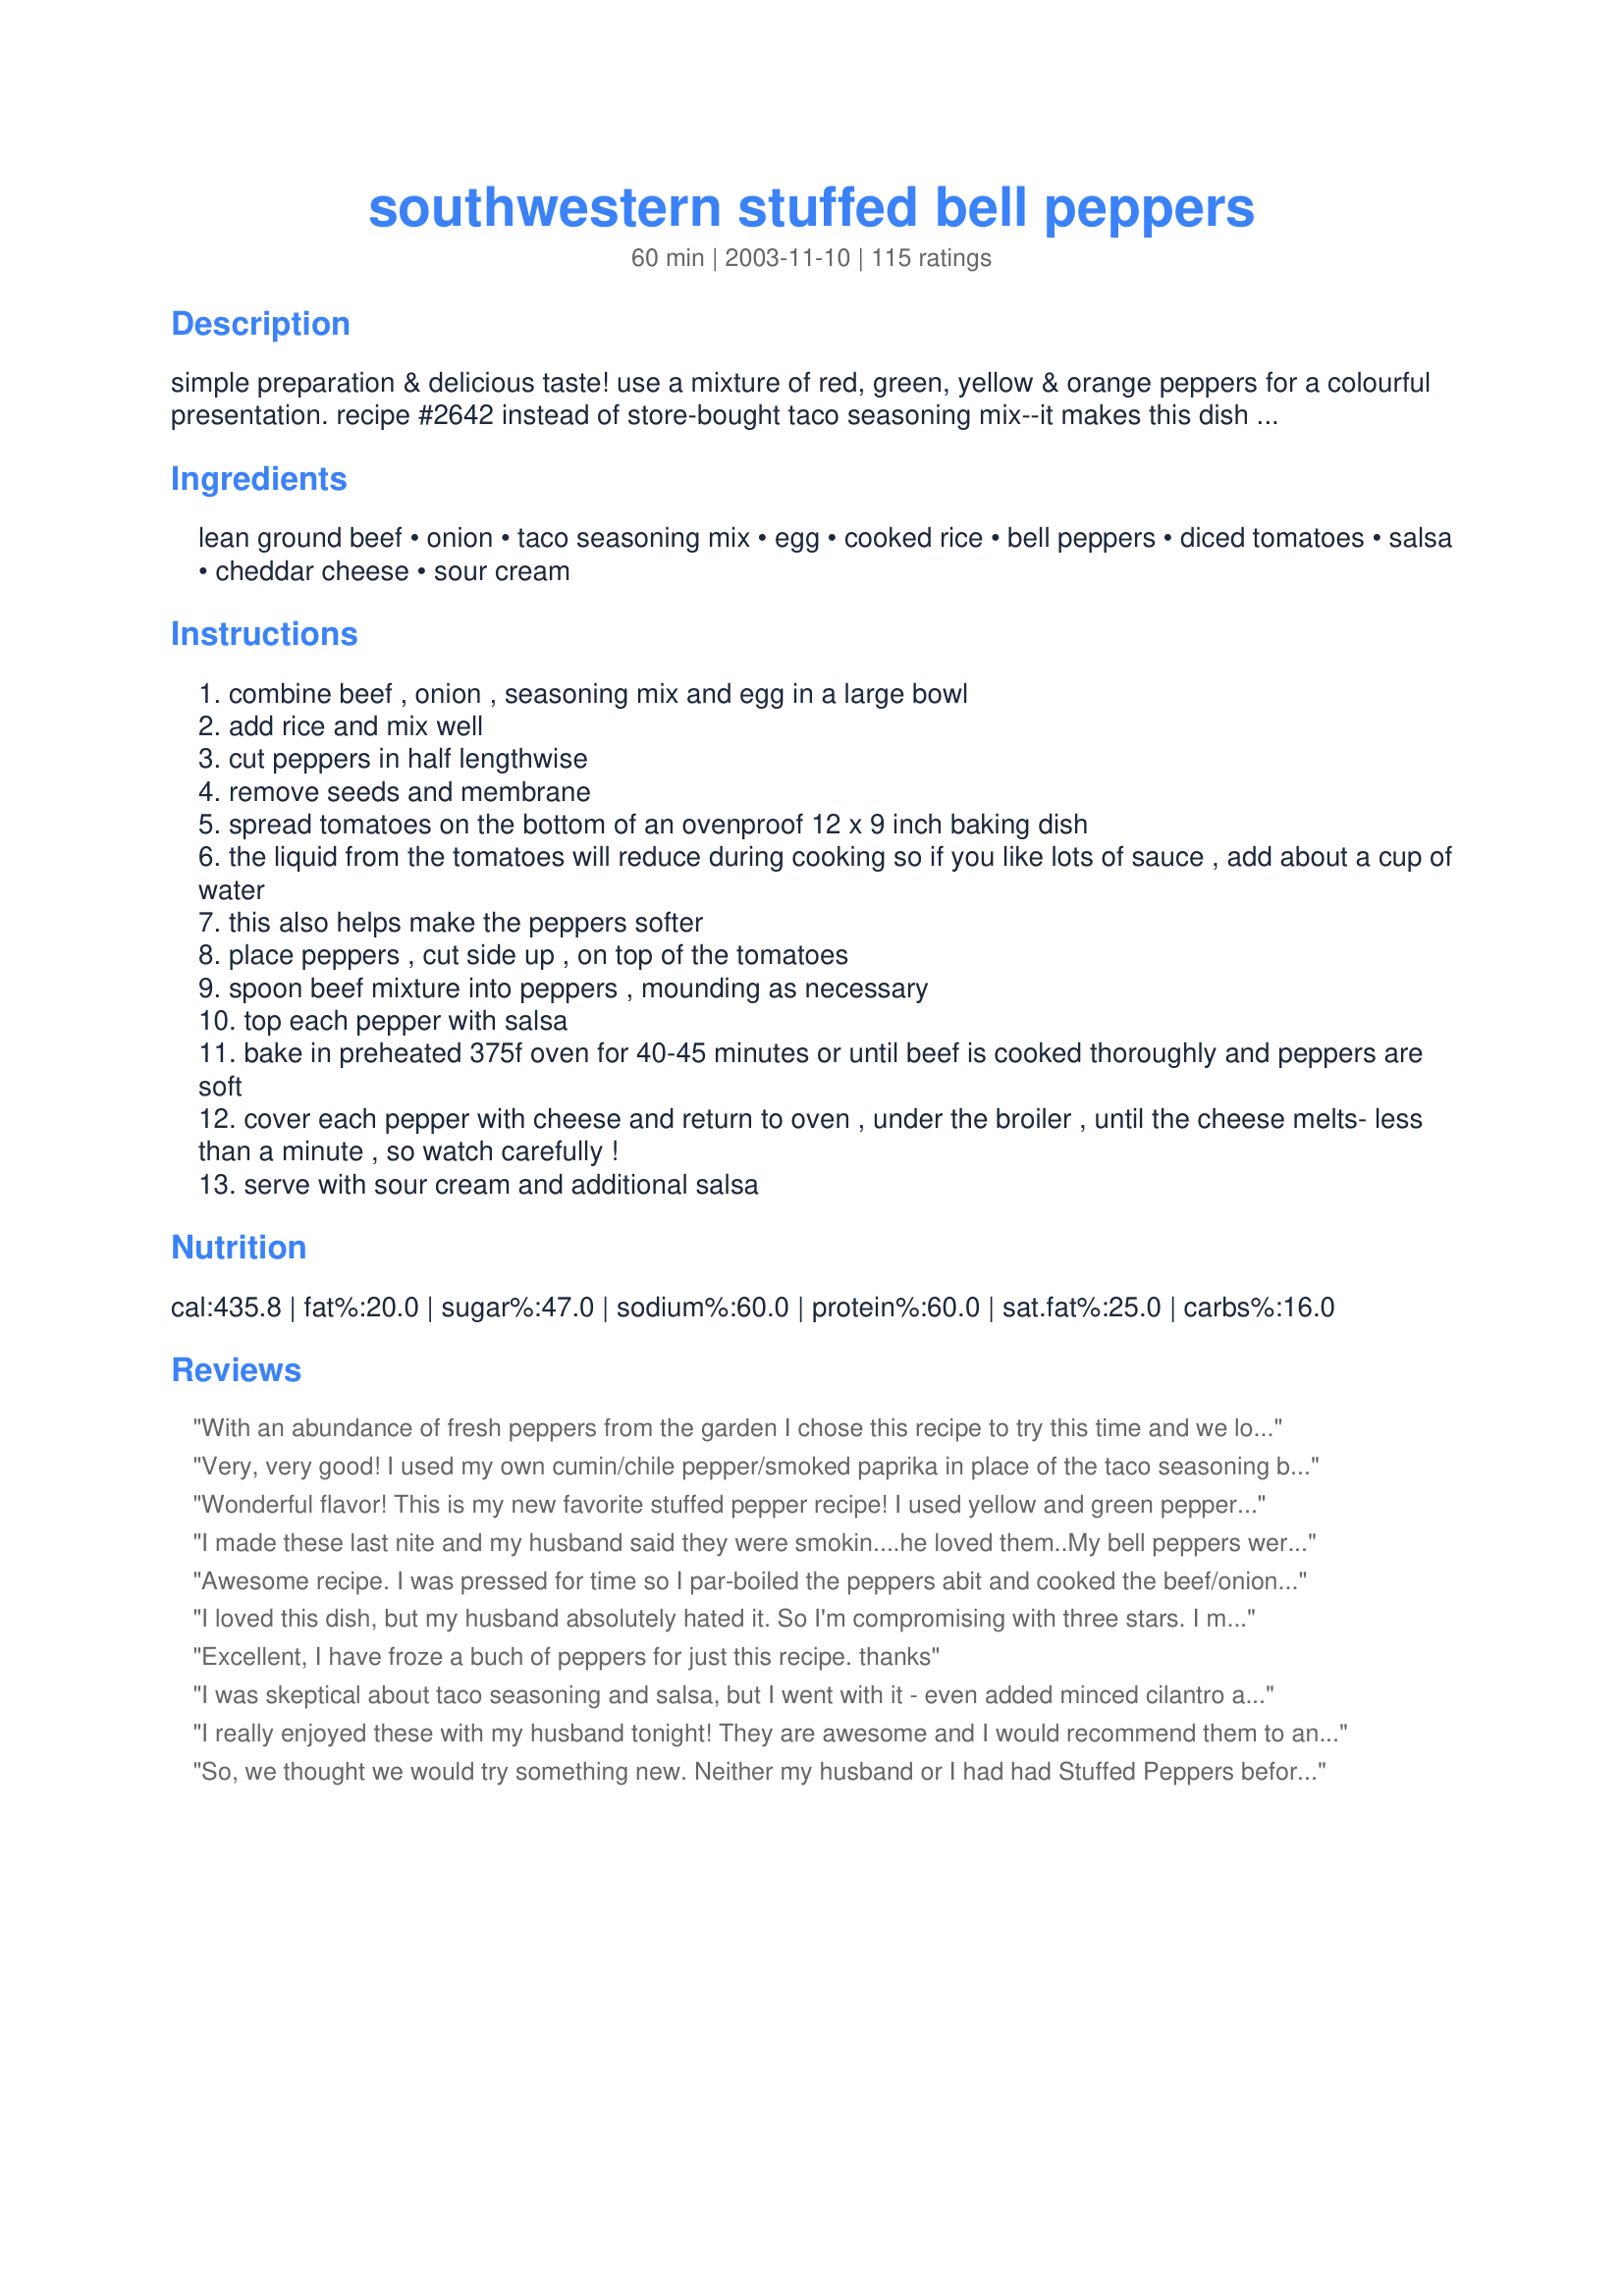
southwestern stuffed bell peppers
Preparation time: 60 minutes

simple preparation & delicious taste! use a mixture of red, green, yellow & orange peppers for a colourful presentation. recipe #2642 instead of store-bought taco seasoning mix--it makes this dish even better!

Ingredients:
lean ground beef, onion, taco seasoning mix, egg, cooked rice, bell peppers, diced tomatoes, salsa, cheddar cheese, sour cream

Steps:
combine beef , onion , seasoning mix and egg in a large bowl
add rice and mix well
cut peppers in half lengthwise
remove seeds and membrane
spread tomatoes on the bottom of an ovenproof 12 x 9 inch baking dish
the liquid from the tomatoes will reduce during cooking so if you like lots of sauce , add about a cup of water
this also helps make the peppers softer
place peppers , cut side up , on top of the tomatoes
spoon beef mixture into peppers , mounding as necessary
top each pepper with salsa
bake in preheated 375f oven for 40-45 minutes or until beef is cooked thoroughly and peppers are soft
cover each pepper with cheese and return to oven , under the broiler , until the cheese melts- less than a minute , so watch carefully !
serve with sour cream and additional salsa

Reviews:
With an abundance of fresh peppers from the garden I chose this recipe to try this time and we loved it! Only change I made was to use instant rice to help keep it super-simple I just added a little of the tomato juice to the mixture, then add a tad of water to the remaining tomatoes for the bottom. They were delicious and we have some left for lunch today. Thanks for posting!
Very, very good! I used my own cumin/chile pepper/smoked paprika in place of the taco seasoning because I can't eat the MSG they put in there. I also used brown rice. Delicious! Thanks for a wonderful recipe!
Wonderful flavor! This is my new favorite stuffed pepper recipe! I used yellow and green peppers, what a colorful dish! I added a little salsa to the meat mixture and used chunky salsa on the bottom of the dish instead of tomatoes as others suggested. Topped with monterey jack cheese. Served with black beans. Awesome! Thanks for another winner Country Lady!!
I made these last nite and my husband said they were smokin....he loved them..My bell peppers were huge that I had to run to the store for a big disposable pan.Because of my peppers being so big,I doubled every thing.I used Rotel diced tomatoes with chili,threw a can of mexican corn in there,and about a 1/4 cup chopped cilantro,an mexican cheese on top.We had your recipe before and last nite with my additions.Both are great.Thank you for the recipe.
Awesome recipe. I was pressed for time so I par-boiled the peppers abit and cooked the beef/onion abit before mixing. I only used 4 peppers so I cut back the tomatoes & salsa abit and found it still saucy enough. Due to the pre-cooking I only needed to cook in oven about 30 min (vs 40-45). I omitted the cheese step & didn't find I missed it.
I loved this dish, but my husband absolutely hated it. So I'm compromising with three stars. I made as directed except to add a bit of salsa into the meat mixture (as suggested by other reviewers) and skip the onions, which my husband won't eat. My only complaint was that the peppers weren't as done as I'd like; the meat was fully cooked, but the peppers should maybe have been par-boiled. I thought the taste was outstanding, the seasoning delicious, and this was a real treat for me. I would have rated five stars. My husband, however, would have rated only one star. He considered them greasy and just plain not to his tastes.

CountryLady, I will make this recipe again, but only when my husband won't be eating!
Excellent, I have froze a buch of peppers for just this recipe. thanks
I was skeptical about taco seasoning and salsa, but I went with it - even added minced cilantro and jalape&ntilde;o - and OHH was it GOOD!! Best stuffed peppers I have ever had. We cooked the beef before adding it to the rice, and also we put foil over the peppers so the steam would soften them faster. The sour cream was a heavenly touch. Will definitely make again!
I really enjoyed these with my husband tonight! They are awesome and I would recommend them to anyone!
So, we thought we would try something new. Neither my husband or I had had Stuffed Peppers before. This is an excellent recipe. Changes made: 1 1/2 cups cooked rice 4 bell pepper (our favorite orange), we fried up the ground beef first, added 1/2 jar salsa to direction #1 and added 1-8 oz. can of tomato sauce added to direction #4, we also loaded the tops with cheese. 3/4 of a pepper made a meal for me and 1 pepper for my husband. We found this recipe about a month ago and have made these three times already. Thanks for sharing!!!
This was good even though I used pre-cooked beef instead of raw. I bet it would be even better if the meat cooked in the pepper and I'll try that next time. The only problem I had was that the peppers didn't get soft enough. Next time I'll cook the peppers a bit before adding the filling. Thanks for sharing this recipe!
CountryLady, a nice alternative to my usual stuffed pepper recipe. I used brown rice instead of white and added some more salsa to the rice mixture. I also cooked my onions first (a personal preference, I'm sure it would have worked out well using raw onion). Didn't add any water, just more diced peppers to the baking dish. Thank you CL!
M&Mers
Very nice change from the usual stuffed peppers, the taco seasoning mix is a nice twist as is the salsa, both add lots of taste. I didn't have any sour cream in so we did without it. Other than scaling the recipe for two I made them just as instructed, they were delicious. Thanks for sharing, will be making them again.
I've never made stuffed peppers before and this was a gread start. Very easy to put together and tasted good. Next time I think I will add tomatoes to the ground beef mixture.
I made these last night and had them with Brown Spanish Rice and Refried Beans. We all loved them! They were delicious and tasty! I added some jalapeno peppers to the mix for a little added heat! We will be having these often from now on. Sally
Great my hubby real loved it. The meat and rice had lots of flavor.
Will make for company.

I thought this meal was average at best. Not that flavorful and the peppers were not done after 55 minutes.
We really like these peppers too. I have been making them this way for a couple of years. I add 1/2 cup of water to the pan before baking. I, too, use my own taco blend. Great recipe!
My family really enjoyed these. Will definately make again. I used a 28 ounze can of diced tomatoes instead of a 19 ounze can, and had lots of sauce. Very good! Thank you for sharing.
Very tasty! I used dehydrated onions instead of raw onions and followed the recipe. I used nice lean hamburg, so there wasn't too much fat in the pan when baking. I used medium salsa and it gave it a bit of spice, but great flavor. We really liked these and will have them again.
These turned out great! I doubled the recipe with no problem and used brown rice.
Thank you so much for this recipe. I've never been a person that cared for peppers, but decided to try this recipe. OMG! it is simply the best. Both my husband and I LOVE it!<br/>Wouldn't change a thing, but it's a recipe that you can play around with if you want too.
I loved these. Costco carries the package of peppers that includes 3 kinds so that's what I used.
I filled 5 1/2 peppers. I had 28oz Mexican Stewed Tomatoes and added a helf cup of water.
I had some Chipolte Salsa left in the 'fridge so used that in the meat. This was so good, I live alone so shared a couple with my Mom and put some in the freezer (which I think I'm already polished off)
MaryAnne
WOW I made these last night and they were awesome! Easy prep, they turned out perfect and I followed the recipe as is. The cost for everything was only $33 (to feed 4 adults) and that included a side salad. YAAAY I will make these again for sure!
Very yummy recipe! Will make again for sure!
I have never liked any recipe for peppers that I have made. This one I liked very much as they have a kick. Where previous recipes were bland. I did cook my onions first. Other then that I followed the directions as written. Baked for 1hr. then added cheese for last 10min. I will be making these again. Thank you CountryLady.
These peppers are goooooood! I have always made a meatless stuffed pepper recipe and was sceptical about the amount of meat...ground turkey in my case.
It went together very, very easily, which I loved. I used my own combination of chili powder, cumin, salt and pepper and some roasted tomato salsa; it was just perfect. Adding cheese was a final wonderful touch and I just put the cheese on the top for the final 10 minutes so that it was all melted when the peppers were done. This one goes in my cookbook to stay CountryLady...thanks.
I have never had stuffed bell peppers before and wanted to try a new recipe for dinner. I came across this recipe and the reviews were pretty impressive, so I decided to try it. It was easy enough to make, but I wasnt overly impressed like most others were. Then again, I have nothing to compare them to so maybe that had something to do with it. They were good, but not as good as I was expecting. it reminded me of eating tacos, only no tortilla. I think they tasted a lot better as leftovers. I also tweaked the recipe based on some of the reviews. Instead of beef I used ground turkey. I used fire roasted canned tomatoes for a little extra flavor and also added 1 cup of water and a small can of tomato sauce. After halving the peppers and cutting out the membranes, I boiled them in salted water for five minutes to ensure the peppers would be soft. Will keep this recipe for future use just to have something different for a meal every once in a while.
These were delicious. I used peppers and had to use two baking dishes as they did not all fit in my 12X9 dish. I used one can of diced tomatoes, a half can of condensed tomato soup and a quarter can of water in the bottom of each baking dish. I forgot to put the cheese on top. Otherwise I followed the recipe exactly. The peppers were really, really good even without the cheese, and would have been just as good without the salsa. We did not use any sour cream as a topping. I served them with brown rice with the tomatoes from the bottoms of the dishes as a sauce for the rice. The leftovers are great too.
These were very tasty and easy to prepare. I will be making my stuffed peppers this way from now on. thank you for posting.
This recipe is so delicious, easy and economical - just the way it is. Next time I will tweak the recipe for my personal taste by adding a tin of tomato soup to the can of diced tomatoes to make more sauce, adding bay leaves and a teaspn of sugar(helps to cut down the acidity of the tomatoes).I did add seasoning, minced garlic, chili flakes and parsley to the mince when I made it - so would do this again. I would omit the salsa (I did not feel that it needed it - the dish is very tasty on its own). The sour cream is a nice addition. I can't wait to eat the leftovers tomorrow - something I rarely say. Thanks for the great recipe!
Fantastic! Husband recently found out he is allergic to milk products so cut out the cheese and still great! Best stuffed peppers recipe without cheese. Thanks
This was a very good change to traditional stuffed peppers. I used a package of red, yellow and orange peppers. I did not cook the rice first, just used minute rice. I also put some of the salsa on the bottom of the pan with 1 cup water and put some salsa in with the meat. Topping of with sour cream made this perfect. My family loved this.
I'm raving again. Hubby was raised on his mother's so called "best stuff peppers" but even he agreed that this recipe was great. He scarfed up a bunch for dinner the first night and warmed a few more the next night when I couldn't be home to cook. Great recipe, easy to make. It's a keeper for me. Didn't change one thing.
Great stuffed peppers! We loved the Mexican/Southwest flavoring. I confess to using a commercial taco seasoning, and used a Mexican blend cheese to top off at the end. The can of tomatoes I added to the bottom of the dish was a green chili blend and I added 3/4 cup of water that I mixed with 1/2 tsp. of chicken bouillon granules (Knorr) added to increase the liquid as suggested. I forgot to add sour cream to the servings, but it didn't detract from the meal. This is definately a repeat recipe that I'll turn to again and again. Everybody at the dinner table gave it a thumbs up; including the kids. Thanks so much for the awesome contribution!
Good , thanks !
I loved this change to standard stuffed peppers. I changed the recipe a bit, but feel it would have tasted the same. I used minute rice (only 1 cup) instead of going through the trouble of making rice. I also used my own taco seasoning & used 2-1/2 Tbsp. I used the full amount of meat and stuffed 3 large peppers and made large meatballs from the rest. I baked them covered. We enjoyed them very much. Would do again, but next time I think I'll use red bell peppers to sweeten it up a bit.
Loved, loved LOVED these peppers! So simple and such good taste! Had along with some coleslaw and we were in total bliss!
These are a staple in our house. So yummy and so easy! Best part is I can prep them in advance, keep them in the fridge, and throw them in the oven at dinnertime. Thank you so much for this recipe!
This was so good!!! I made it exactly as the recipe dictates and it was great. I did add some cilantro along with the sour cream which really added something. My 18 month old even enjoyed it- so you know it must be good.
By far, the BEST stuffed peppers we have ever had! I even had some extra salsa & sour cream on the side, but they were SO GOOD that we forgot to use it. Definetly a keeper! Thanks for sharing!
This is a great recipe! I have made it twice now, and once with barley instead of rice. Thanks!
These came out great!I have never made stuffed peppers before, so I wasn't sure what to expect. I used some leftover chicken that I had made for soup instead of the beef, brown rice and added some leftover queso dip. I also used Rotel spicey tomatoes for the base of the pan. They gave a nice kick. The peppers were very filling. I used 3 peppers so I had 6 halves. We ate 2 halves and wrapped the rest to store in the freezer for a "I don't want to cook night". Thanks for posting.
Wonderful Recipe even with what I did. I didn't have any canned tomatoes. I used two cans of Tomato Sauce and 3/4 cup of water and added a bit of garlic powder, Mrs. Dash Extra Spicy Seasoning and Mrs. Dash Tomato Basil Seasoning to it(I just shook it in, i didn't measure). I forgot the cheese but it was terrific without it too. Thank you for a wonderful, delish recipe.
Awesome! I doubled the tomatoes and I covered it with tin foil while baking so that the steam could help soften the peppers.
WOW!! All 4 of my kids LOVED this recipe...we crushed some tositos over the top along w/ the sour cream and some black olives...absolutely delicious!!! Thanks for posting the recipe!!
Thanks for such a simple and delicious recipe! Cooked it last night for the family and everyone had double helpings! This one will definitely be made again--and soon!
The only thing I changed in the recipe was to add a liberal amount of fresh minced garlic and I also topped some of the stuffed peppers with grated Swiss cheese. Thanks again!
I made these quite a few months ago now, but lost the paper and didn't know which recipe it was! Well I found it and am now writing the review lol. I made this for my boyfriend and father and they both LOVED it. Now that I've found the recipe again I'm sure they'll be ecstatic for round two! Didn't change a thing except to only cut the top off, and to stuff them upright, but I might use a mix of beef and sausage next time.
Very tasty peppers! There was filling enough for 4 large peppers. Next time I will mix some salsa in the stuffing as well, as suggested by SusieQusie, and use salsa for the bottom of pan, as well.
CL, these were probably THE best stuffed peppers I have had in a long time! I used spicy salsa (DH loves everything spicy!) and half green and half red bell peppers, added fresh garlic to the beef mixture along with 2 tbsp grated Parmesan cheese, and used my own recipe for the Taco seasoning (#76616). We enjoyed these very much, and I look forward to making them again. Another winner CL! Thanks for sharing....Kitten:)
Very Tasty. Next time I will add some salt to the meat and rice mixture. I had to "nuke" them in the microwave because they were still a tad pink in the middle. Maybe next time I will just chop everything up and put it in a casserole dish.
These were pretty good and very appealing to the eye but I realized I'm just not a big fan of bell peppers. However, if you are, this is a great dish for you to try.
This recipe is amazing!! We used red and orange bell peppers and both tasted great. I didn't change a thing, thanks for posting!!
Nice easy recipe... can tweak to personal tastes.
This recipe ROCKS! My hubby and I both loved this. It even got my husband to eat more veggies! I did make a few changes because of what I had on hand and preference. I also doubled the recipe because I had some large peppers but I also wanted a little extra of the meat mixture to cook alone, as I wanted to see what it would taste like out of the peppers. <br/>Our substitutions were ground turkey for the beef; I used my own taco seasoning blend that I keep on hand, (salt free); long grain brown rice; 2-15 oz cans of store brand (Kroger) fire roasted diced tomatoes in puree, instead of the salsa. This was the best dish of stuffed peppers I've ever made. Thank you so much for posting!
Made this as written except I subbed 1 16 oz can pinto beans for the ground beef (to make vegetarian) and added a dash of Worcestershire sauce. Also, we used sharp cheddar cheese which I would definitely recommend. I may mix some cheese in the mixture next time too. Used the 1 cup of water as well for the tomato on the bottom of the dish. First time that my husband and I have had stuffed peppers and we both loved it! Thanks for the great recipe!
This was terrific! I had some smallish (homegrown) pablano peppers that I cut the top out and stuffed 

- Placed a can or Rotel Tomatoes or Delmonte diced tomatoes and green chiles in the bottom of a glass bread pan then stood 8 stuffed pepper up and packed the leftover meat around the pepper and between.

Baked for a little over an hour. 

Plated the pepper on a soft taco shell, with a scoop of the tomato sauce from the bottom, sprinkled with cheese and broiled for a minute then topped with finely shredded lettuce, diced fresh tomatoes and sour cream - fantastic dinner.
What a wonderful, easy supper dish! I used four green peppers, but I only used one cup of rice! I didn't change anything else and the end result was delicious!! The taco seasoning gave these peppers a great flavour! I served some sour cream on the side and with a loaf of crusty bread, this was a perfect meal! I'll certainly be making them again. Thanks for sharing CountryLady!!
Great stuffed peppers. I made for 2 and tweaked by using tomato sauce instead of diced tomatoes (so you can skip the adding water step), and also didn't have taco seasoning mix so I used onion dip mix. Really nice flavor!
I love stuffed peppers and decided to try this twist on the traditional favorite. They came out great! I froze the leftovers and will have when I feel like having them again, and I can tell you, that will be soon! They were easy to make and a nice change for dinner. Yummy recipe CountryLady
DELICIOUS!!!! These peppers are so good and I don't really even like peppers lol The flavors of the meat and rice definitely blend well with the pepper, which was my problem with the "old" stuffed pepper recipe, it always seemed like the meat mixture was bland and the taste of pepper completely overpowered it but not this one!! The only things we did differently was to use brown rice, homemade canned tomatoes and sf salsa and boy was it good:)
Delicious! Easy to make. I made a few changes to the recipe. I used basmati rice, for the taco seasoning I used, 1 tbsp chili powder, 1 tbsp cumin, 1 tbsp tex mex seasoning, 1/4 tsp cayenne pepper and 1/4 tsp salt. Instead of an egg, I used 2 tbsp of liquid egg white and 1 tbsp of canola oil, this is a substitution I find works well for eggs in recipes. Besides that, I followed everything else. They were wonderful and I will be making them again!
I used ground turkey instead of beef and it was really good!
What a tasty recipe! My husband and I enjoyed it very much. And my little boy (20 mo.) even loved the stuffing! I will be making again! I added some corn and black beans to the stuffing mixture and topped with a mixture of cheeses.
Great recipe! I used ground turkey instead of beef, otherwise followed the recipe exactly. The meat-rice mixture had a good texture. I will be making this again. Thanks CountryLady
Excellant recipe and would be great for guests. I made my own salsa and I added cooked chicken with the rice and yum!!! Will be making these again for a dinner party or something. Also great to prepare ahead of time!!!
Oh these were yummy! I am not a fan of regular stuffed peppers because of the tomatoey base, but this having a southwestern base was delicious. It was like a taco in a pepper. I only used three bell peppers since my dh and I like lots of of the stuffing. Thanks for this tasty twist of a common meal.
Wonderful! This is a simple and delicious dish and one I would serve for company. I cut the recipe in half used recipe#76616#76616 for the taco seasoning mix and followed the instructions. I used yellow and red peppers (but for Christmas I will use green and red) and served with sour cream, recipe#287183#287183, recipe#133436#133436 and a small green salad. Thank you for submitting the recipe. This is going into my Favorites of 2011. Made for Let's Party 2011.
Delicious! Peppers turned out very soft and good (I parboiled for 5 min first) due to adding extra water in the pan. Thanks, Country Lady!
me and my husband absolutely loved this dish! I had never tried stuffed peppers until this recipe and I must say they are amazing. thanks for the recipe
Made 4 red peppers for 2 of us. Ate 2 and saved 2. DH wanted the other 2 the next night he liked them so much. I used a can of diced tomatoes with chilies. I steamed the peppers in the microwave for about 2 min first to soften them a little. I used the taco seasoning, a good squirt of ketchup and about a teaspoon of tomato paste from a tube to make up for not having salsa. I did not use sour cream as DH does not eat it. I stuffed them upright and cooked in oven. These are awesome to say the least. My vegetable resistant husband scarfed them up. We both loved them. I will make 6 next time and freeze some. Great basic recipe that you can adjust to your own tastes.
I really like this recipe. My husband thought it was good, but was looking for more of a traditional stuffed bell pepper with a saucier tomato base. One comment I would like to make is that the "stuffing" would make great burrito stuffing too. The flavor was mild, but it was very tasty.
Very, very good. I never thought about cutting the peppers in half. Really speeds things up and peppers were thoroughly cooked. This is an easy tasty dish.
This was super easy and really very good. I used red, yellow and orange peppers and substituted &quot;cauliflower rice&quot; to keep it low carb and increase the veggies. &lt;br/&gt;&lt;br/&gt;I added a little extra meat and thought I had adjusted the seasoning to compensate, but it came out just a touch under seasoned. I will definitely make this again, but next time I&#039;ll add a touch of salt and mix a little salsa and cheese in with the filling.&lt;br/&gt;&lt;br/&gt;Definitely a keeper!
This was so easy to prepare and so yummy!! Used a 24 ounce can of diced tomatoes and managed to stuff about 9 half peppers. Loved the salsa and cheese!! Thanks CountryLady! :)
Very good - instead of the ground beef, I used a can of chili and baked for about 25 min. Yum.
Delicious and easy to make. We made these to use up leftover rice and all of us loved them. A nice change of pace. Thanks for sharing!
Made this for the first time today and there was not a bite left! My husband and all the kids loved it! I did precook the ground beef and precooked the peppers about 3 minutes in boiling water. Other than that I stuck to the recipe. We will be eating these again!
The family enjoyed the recipe but felt there was something missing. I think next time I'll add enchiladas sauce to the can of tomatoes in the bottom of the pan.
I thought these were great. I followed the recipe exactly using 4 green peppers. My husband thought there needed to be more beef for the a mount of rice, but I thought it was perfect! Thanks for sharing this great recipe.
Oh - I got my 3 and 5 year old to eat these by saying that they were green boats/canoes. They loved them!
Wow CountryLady, this is an awesome dish! I had about 8 bell peppers so I added 1 1/2 cups Morningstar Farms "beef" crumbles to extend the filling a little bit...I only had 1 lb of the real stuff, LOL! Added chopped parsley to the stuffing as well as the jar of salsa. 1/4 tsp of hot white chili powder rounded out the stuffing. I used 1 large can of tomato sauce and 2 thinly sliced onions on the bottom of the pan, which reduced to a lovely sauce, and had to cook for about an hour because I made a bit more than the recipe called for. Grated swiss cheese completed the dish. This is a real keeper and deservedly 5 stars. Thanks for posting! :)
Made these for dinner,very very good. I added 3/4 cup of Sour Cream and a some corn to mixture, and it was awesome. DH said 10 stars. kids thought the mixture would be great in a Flour tortilla. Just a easy simple dinner. No leftover's to freeze, so I must make more.
Without a doubt, the BEST stuffed peppers ever! To make them low-carb, I left out the rice and used 1/4 cup of quinoa and some fresh corn.
This turned out great!! I think next time I&#039;d make just a couple changes to the recipe to make it even better. I&#039;d take out about one cup of the rice and add a half cup of corn. When I made this, I had way too much filling and wished I had less rice for sure. Adding corn, I hope, would give it an even better texture. Plus who can go wrong with corn in a southwestern dish? The sour cream with this dish is an absolute must and I&#039;m not even a sour cream lover!
Yum! I used red and orange peppers, left out the cheese and topped mine with a dollop of greek yogurt. I covered my dish with foil for the first half hour to make sure the peppers got done. They were perfect. Definitely a repeat recipe.
A French chef would comment that too much ingredients spoil the meal. It&#039;s spicy.
I was looking for something different to make and came across this recipe. It sounded so good, just had to make them and see for myself! Well let me tell you, these are AWESOME! Loved the Mexican flair along with the peppers. I made a double batch and froze some for later. Can't wait to have them again! They will be perfect for me to put in a container and bring to work too for lunches. Excellent recipe right here and one I will make often! Thanks for sharing it with us CountryLady!
My family loves this recipe. Even my picky eater! I have made it 3 times for my family and once for company. It is always a hit. Thanks for sharing. <br/><br/>The meat mixture freezes great too. If you have a small family like me then you can save half for another night.
OK - so I LOOVED this recipe. Super good. Thanks for posting. I did make some changes...added water to the canned tomatoes as recommended - also added a small can of green chili's to the tomatoes. I used the taco seasoning mix here on this site - http://www.food.com/recipe/taco-seasoning-budget-friendly-seasoning-for-tacos-burritos-166030 and used Quinoa as a sub for the rice. I also mixed some of the cheese into the meat mixture. It was super good. I'm going to make this again soon. I sure hope the CSA keeps the peppers coming! :)
Im a long time member of this site, a culinary grad, and an avid food eater. I rarely take the time to write reviews for all the recipies/formulas.

Let me say that these peppers are amazing! I use this recipe as a base. Instead of beef I use turkey for the lower fat content. I add a can of black beans (I wash em) and instead of adding water with the canned tomatoes I add chicken stock for some extra flavor. I also use salsa verde instead of red salsa....great flavor.

Well the timer just went off for the peppers, so let me finish with this......dont hesitate to make these stuffed peppers, ive made these 3-4 times now.

Enjoy!!
I made this for my family and not only was it a tasty dish, it was beautiful too! I left some of the filling out and put in a small casserole for DS whom doesn't like peppers. They all loved it. Thank you for sharing with us.
Country Lady served these "Bring Back Memories" stuffed peppers at her gorgeous home yesterday..... There are not enough stars in heaven to rate this recipe..... Soooooooo good.....<br/>Thanks Marg; you are the best by far.<br/>TBD
These were so simple to make and really delicious. I used a mixture of red, yellow and green peppers as suggested and they were so pretty. I highly suggest serving with sour cream and salsa. It really makes it. Next time I might try stirring the salsa in with the beef mixture instead of putting it on top. Really great. Thanks.
Yum! These are great! DH and I both absolutely loved them. I spiced up the tomatoes with seasoned salt, garlic and chili powder cause I thought they would be kind of bland and also added about 1/4 cup salsa to the meat mixture to make sure it would be nice and moist and it was. Next time I will probably add some cheddar to the meat mixture as well. I served with a side of seasoned black beans and it was great. Thanks for the keeper CountryLady!
These were great. Used venison and #66591 Taco seasoning mix and mozarella and a 28 oz can of seasoned, diced tomatoes; added garlic (of course). Thanks for posting Country Lady and also thanks to the other reviewers.
I didn't realize until it was too late that I wasn't supposed to cook the hamburger first, but it still came out perfect! Also, I used Goya yellow rice for the peppers since that was what I was making as a side dish. I think it was better this way anyway. I'm already being asked when I'm making it again! Thanks for the recipe!
Great Vegetarian Option using the 16oz. package of Morning Star Crumbles instead of the ground beef. I also like to pre-cook the peppers by boiling briefly to reduce the cooking time. Follow the recipe but add a little more liquid. I suggest using Rotel tomatoes instead of the salsa. These get even better the next day.
I loved these! I can't wait till I'm not pregnant anymore so I can make it again because right now bell pepper kills me ;) Rave reviews from all, including DH who is not a big pepper fan.
This recipe was good... In certain aspects. It is a very quick and easy recipe to prepare, and looks very fancy when it&#039;s all done! I love the premise of this, but I really didn&#039;t like the Mexican flavor of it all. The taco mix ruined it in my opinion. Also, I wanted the peppers softer so I added extra water like recommended, and still i made a mess on my self trying to cut it fast right off the bat, the pepper was still not easy to cut. They looked fancy and cute after, and are very filling, but I will be changing most of the flavor premise in this recipe.
These are excellent and very easy to make. I took your advice and used Aroostook's taco seasoning mix #25449 and Wonderful Salsa that I had frozen #9272. Thanks CountryLady for such an easy meal!
After making these around 30 times I guess I should review them! They are delicious & super easy. I started out making them just like the directions but have altered them some. I use red peppers (personal preference), brown rice & minced onions (super easy). I top them with a slice of havarti & use greek yogurt in place of sour cream.
I honestly don't even measure anything now & they always come out delicious. I've also substituted turkey & they were delicious as well. Thank you for a wonderful recipe!!
OMG - The BEST stuffed peppers of my life. Restaurant quality meal. I was at the market and saw the largest and prettiest stuffed bell peppers I had ever seen. I used ground sirloin, and only used half of the rice suggested and no cheese (didn't have any). The rice was a multigrain. The filling didn't quite fill 2 massive peppers. I am going back to the store tomorrow before the peppers are gone. I am making more!
These were delicious! Simple and very satisfying. I am looking forward to the leftovers. I cooked mine about 20 minutes longer because my peppers were huge. I only had 6 halves in my 13x9 pyrex. Besides, I like my peppers completely cooked through with no bite. For the additional 20 minutes, I covered loosely with foil and then added the cheese with no foil for a few minutes. PERFECT, beautiful. I also added a half a can (from the tomatoes) of water at the beginning to make more sauce, and I would do that again. THANKS!
Very simple and excellent. Daughter gave it two thumbs up!
Thanks for the post, we will definately be making these again.
Made a number of substitutions, but a really tasty dish. Instead of ground beef, I finely chopped leftover sweet Italian sausages which had been in a crockpot with peppers and onions; had leftover saffron rice; and forgot the cheddar cheese -- sprinkled with Parmesan instead. This was the first time I had not parboiled the peppers before stuffing, and just tented foil over the baking dish in the oven for 45 minutes. Turned out very well and will prepare this again as peppers and tomatoes come ripe in the garden. Thanks for posting, CountryLady.
This was delicious! I used barley instead of rice and it was AWESOME! I will definitely make this again.
The BEST stuffed pepper recipe! For the seasoning, I used <a href="/2642">Taco Seasoning Mix</a> subbing chipotle chili powder for a smoky flavor. I also stirred some salsa into the meat/rice mixture & used more salsa (rather than tomatoes) on the bottom of the pan. For 4 large yellow peppers, the filling amount was perfect. Total amount of salsa I used was (2) 16 oz. jars. This is destined to be repeated many times! Thanks for sharing, CountryLady!
Great recipe. Different. Simple.
Oh wow we just loved these! Very easy to put together and full of flavor. I used red bell peppers for a little more sweetness and followed the directions exactly and it was great. Thanks for a new keeper!
This recipe is a keeper. Very easy and fast and so tasty. I would definitely make this for a buffet for a crowd.
Easy and tasty! I added some dry ranch dressing mix to my meat mixture, maybe a Tablespoon. Otherwise, followed the recipe exactly... the peppers were very, very good.
I had made stuffed peppers only once before, and that was a disaster, trying it vegetarian. Then I found this version and loved it!! It was amazing the first time, and now we are heading for the left-overs. Thank you for posting this simple and easy for company recipe...
These were great! I made as directed but I used spaghetti sauce instead of diced tomatoes. My husband loves stuffed peppers and he said these were the best that he has ever had.
OH MY!! love love this recipe. a keeper for sure
We love this recipe. We have always been so-so on stuffed peppers until I tried this. It is amazing. I will always use this recipe from now on. Absolutely delicious!!
